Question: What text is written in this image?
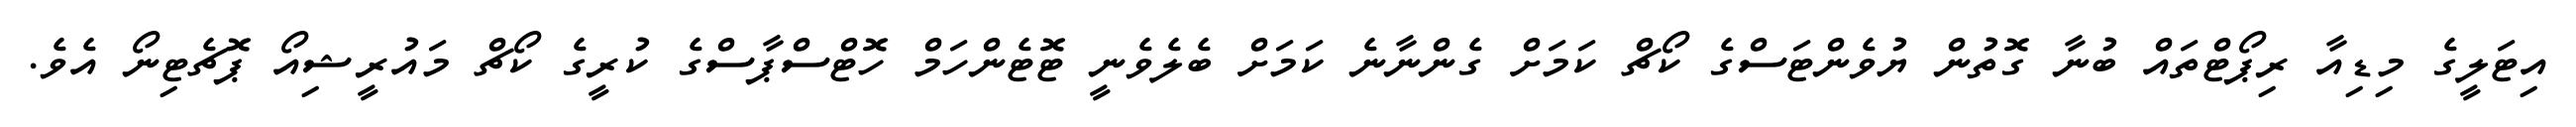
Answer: އިޓަލީގެ މިޑިއާ ރިޕޯޓްތައް ބުނާ ގޮތުން ޔުވެންޓަސްގެ ކޯޗް ކަމަށް ގެންނާނެ ކަމަށް ބެލެވެނީ ޓޮޓެންހަމް ހޮޓްސްޕާސްގެ ކުރީގެ ކޯޗް މައުރީޝިއޯ ޕޮޗެޓިނޯ އެވެ.